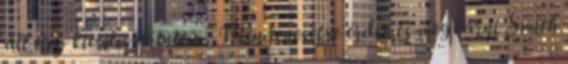
áll egy kicsit szerintem . Mindenesetre érdemes megvárni Smith